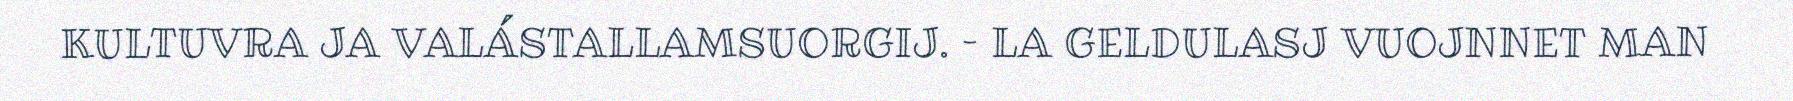
KULTUVRA JA VALÁSTALLAMSUORGIJ. – LA GELDULASJ VUOJNNET MAN